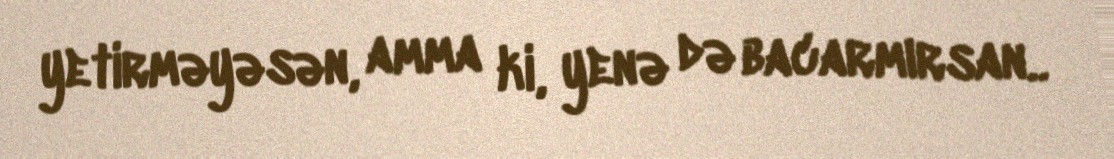
yetirməyəsən, amma ki, yenə də bacarmırsan..